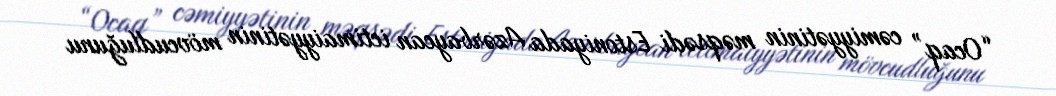
“Ocaq” cəmiyyətinin məqsədi Estoniyada Azərbaycan ictimaiyyətinin mövcudluğunu